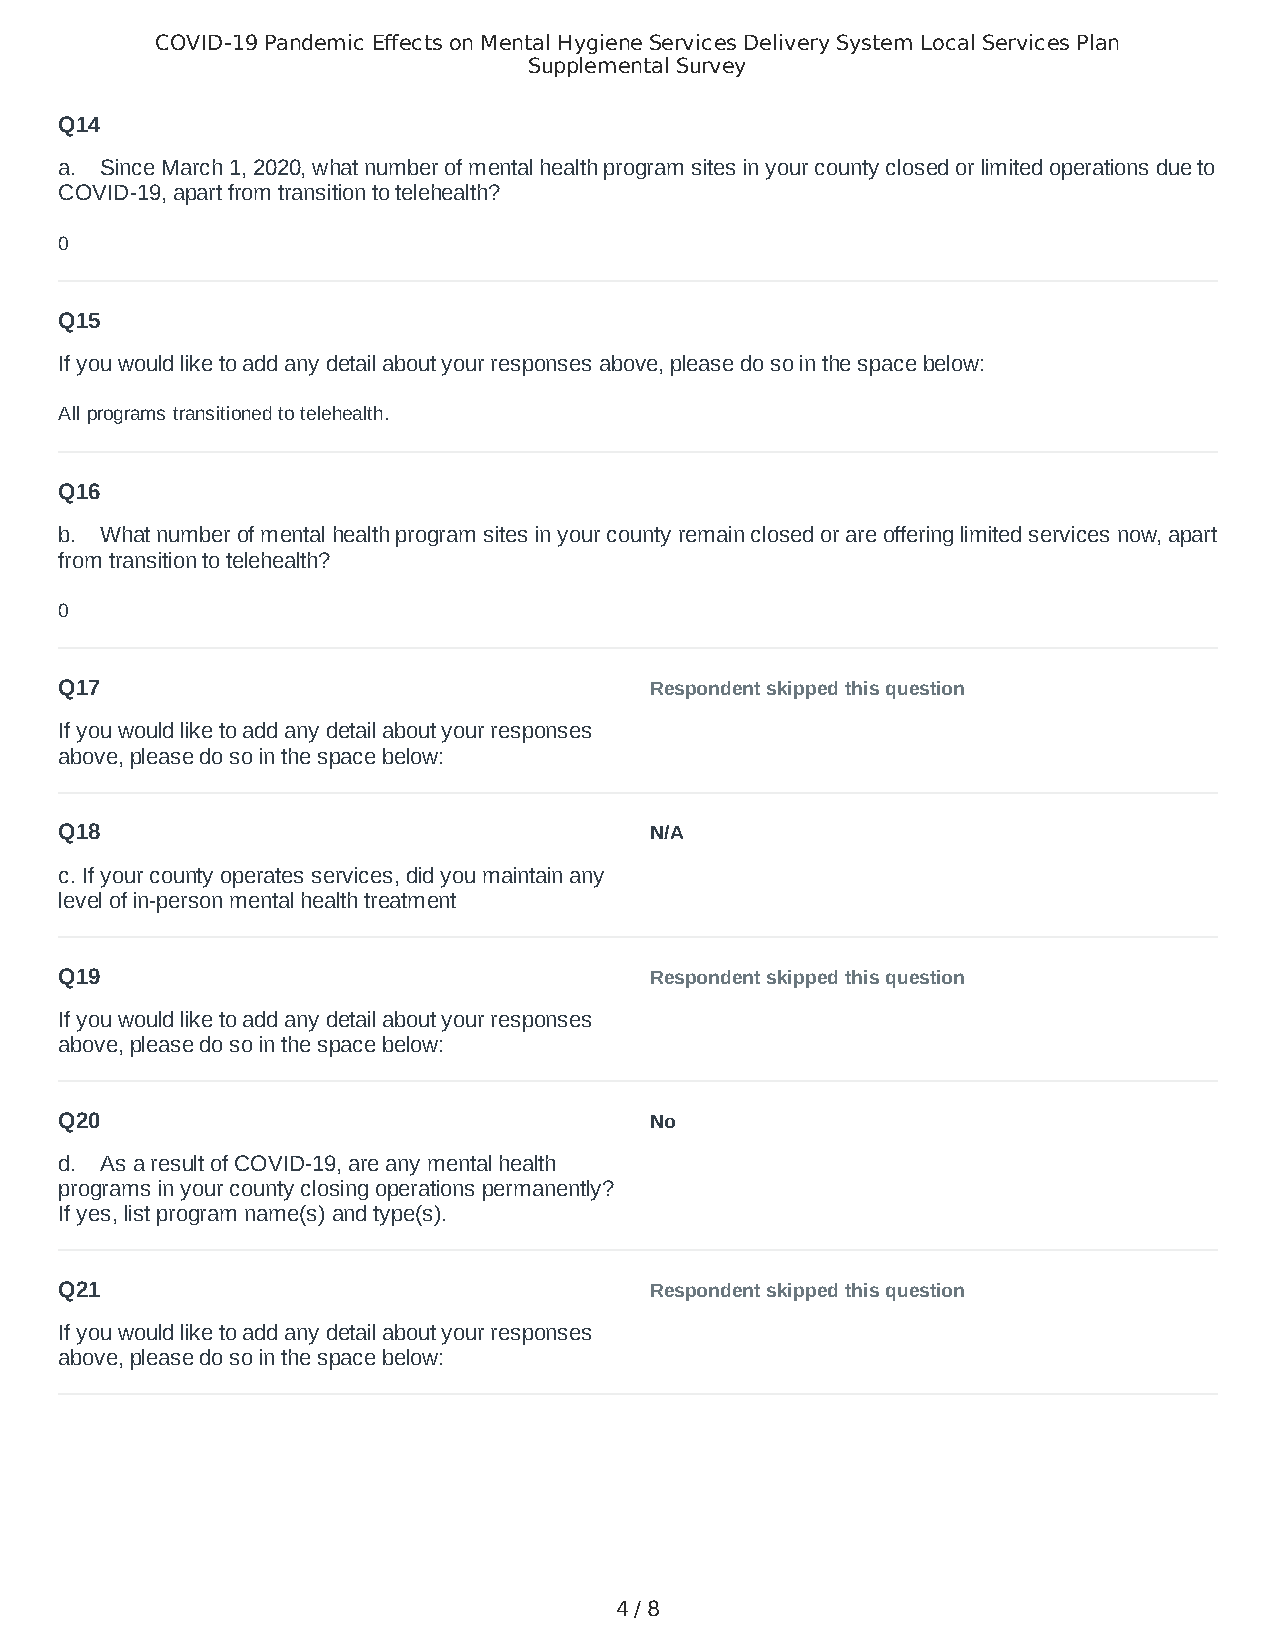
COVID-19 Pandemic Effects on Mental Hygiene Services Delivery System Local Services Plan
 Supplemental Survey
 Q14
 a. Since March 1, 2020, what number of mental health program sites in your county closed or limited operations due to
 COVID-19, apart from transition to telehealth?
 0
 Q15
 If you would like to add any detail about your responses above, please do so in the space below:
 All programs transitioned to telehealth.
 Q16
 b. What number of mental health program sites in your county remain closed or are offering limited services now, apart
 from transition to telehealth?
 0
 Q17                                    Respondent skipped this question
 If you would like to add any detail about your responses
 above, please do so in the space below:
 Q18                                    N/A
 c. If your county operates services, did you maintain any
 level of in-person mental health treatment
 Q19                                    Respondent skipped this question
 If you would like to add any detail about your responses
 above, please do so in the space below:
 Q20                                    No
 d. As a result of COVID-19, are any mental health
 programs in your county closing operations permanently?
 If yes, list program name(s) and type(s).
 Q21                                    Respondent skipped this question
 If you would like to add any detail about your responses
 above, please do so in the space below:
 4 / 8